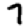
Digit: 7